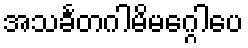
အသင်္ခတဂါမိမဂ္ဂေါပေ